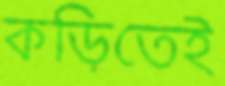
কড়িতেই